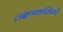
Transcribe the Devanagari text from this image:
लक्षणशास्त्रियों